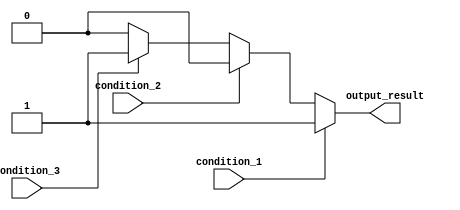
module if_else_ladder (
    input wire condition_1,
    input wire condition_2,
    input wire condition_3,
    output reg output_result
);

always @(*) begin
    if (condition_1) begin
        // block of code for condition_1
        output_result = 1;
    end
    else if (condition_2) begin
        // block of code for condition_2
        output_result = 2;
    end
    else if (condition_3) begin
        // block of code for condition_3
        output_result = 3;
    end
    else begin
        // default block of code
        output_result = 0;
    end
end

endmodule